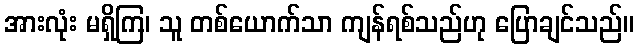
အားလုံး မရှိကြ၊ သူ တစ်ယောက်သာ ကျန်ရစ်သည်ဟု ပြောချင်သည်။